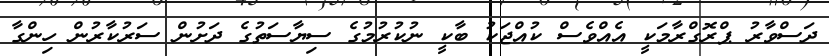
ދަސްވާރު ޕްރޮގްރާމަކީ އެއްވެސް ކުއްޖަކު ބާކީ ނުކުރުމުގެ ސިޔާސަތުގެ ދަށުން ސަރުކާރުން ހިންގާ